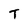
Character: T